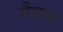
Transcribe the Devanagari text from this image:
सैजन